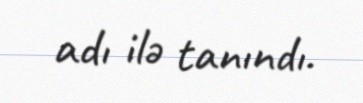
adı ilə tanındı.